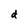
Character: d